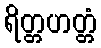
ရိတ္တဟတ္တံ